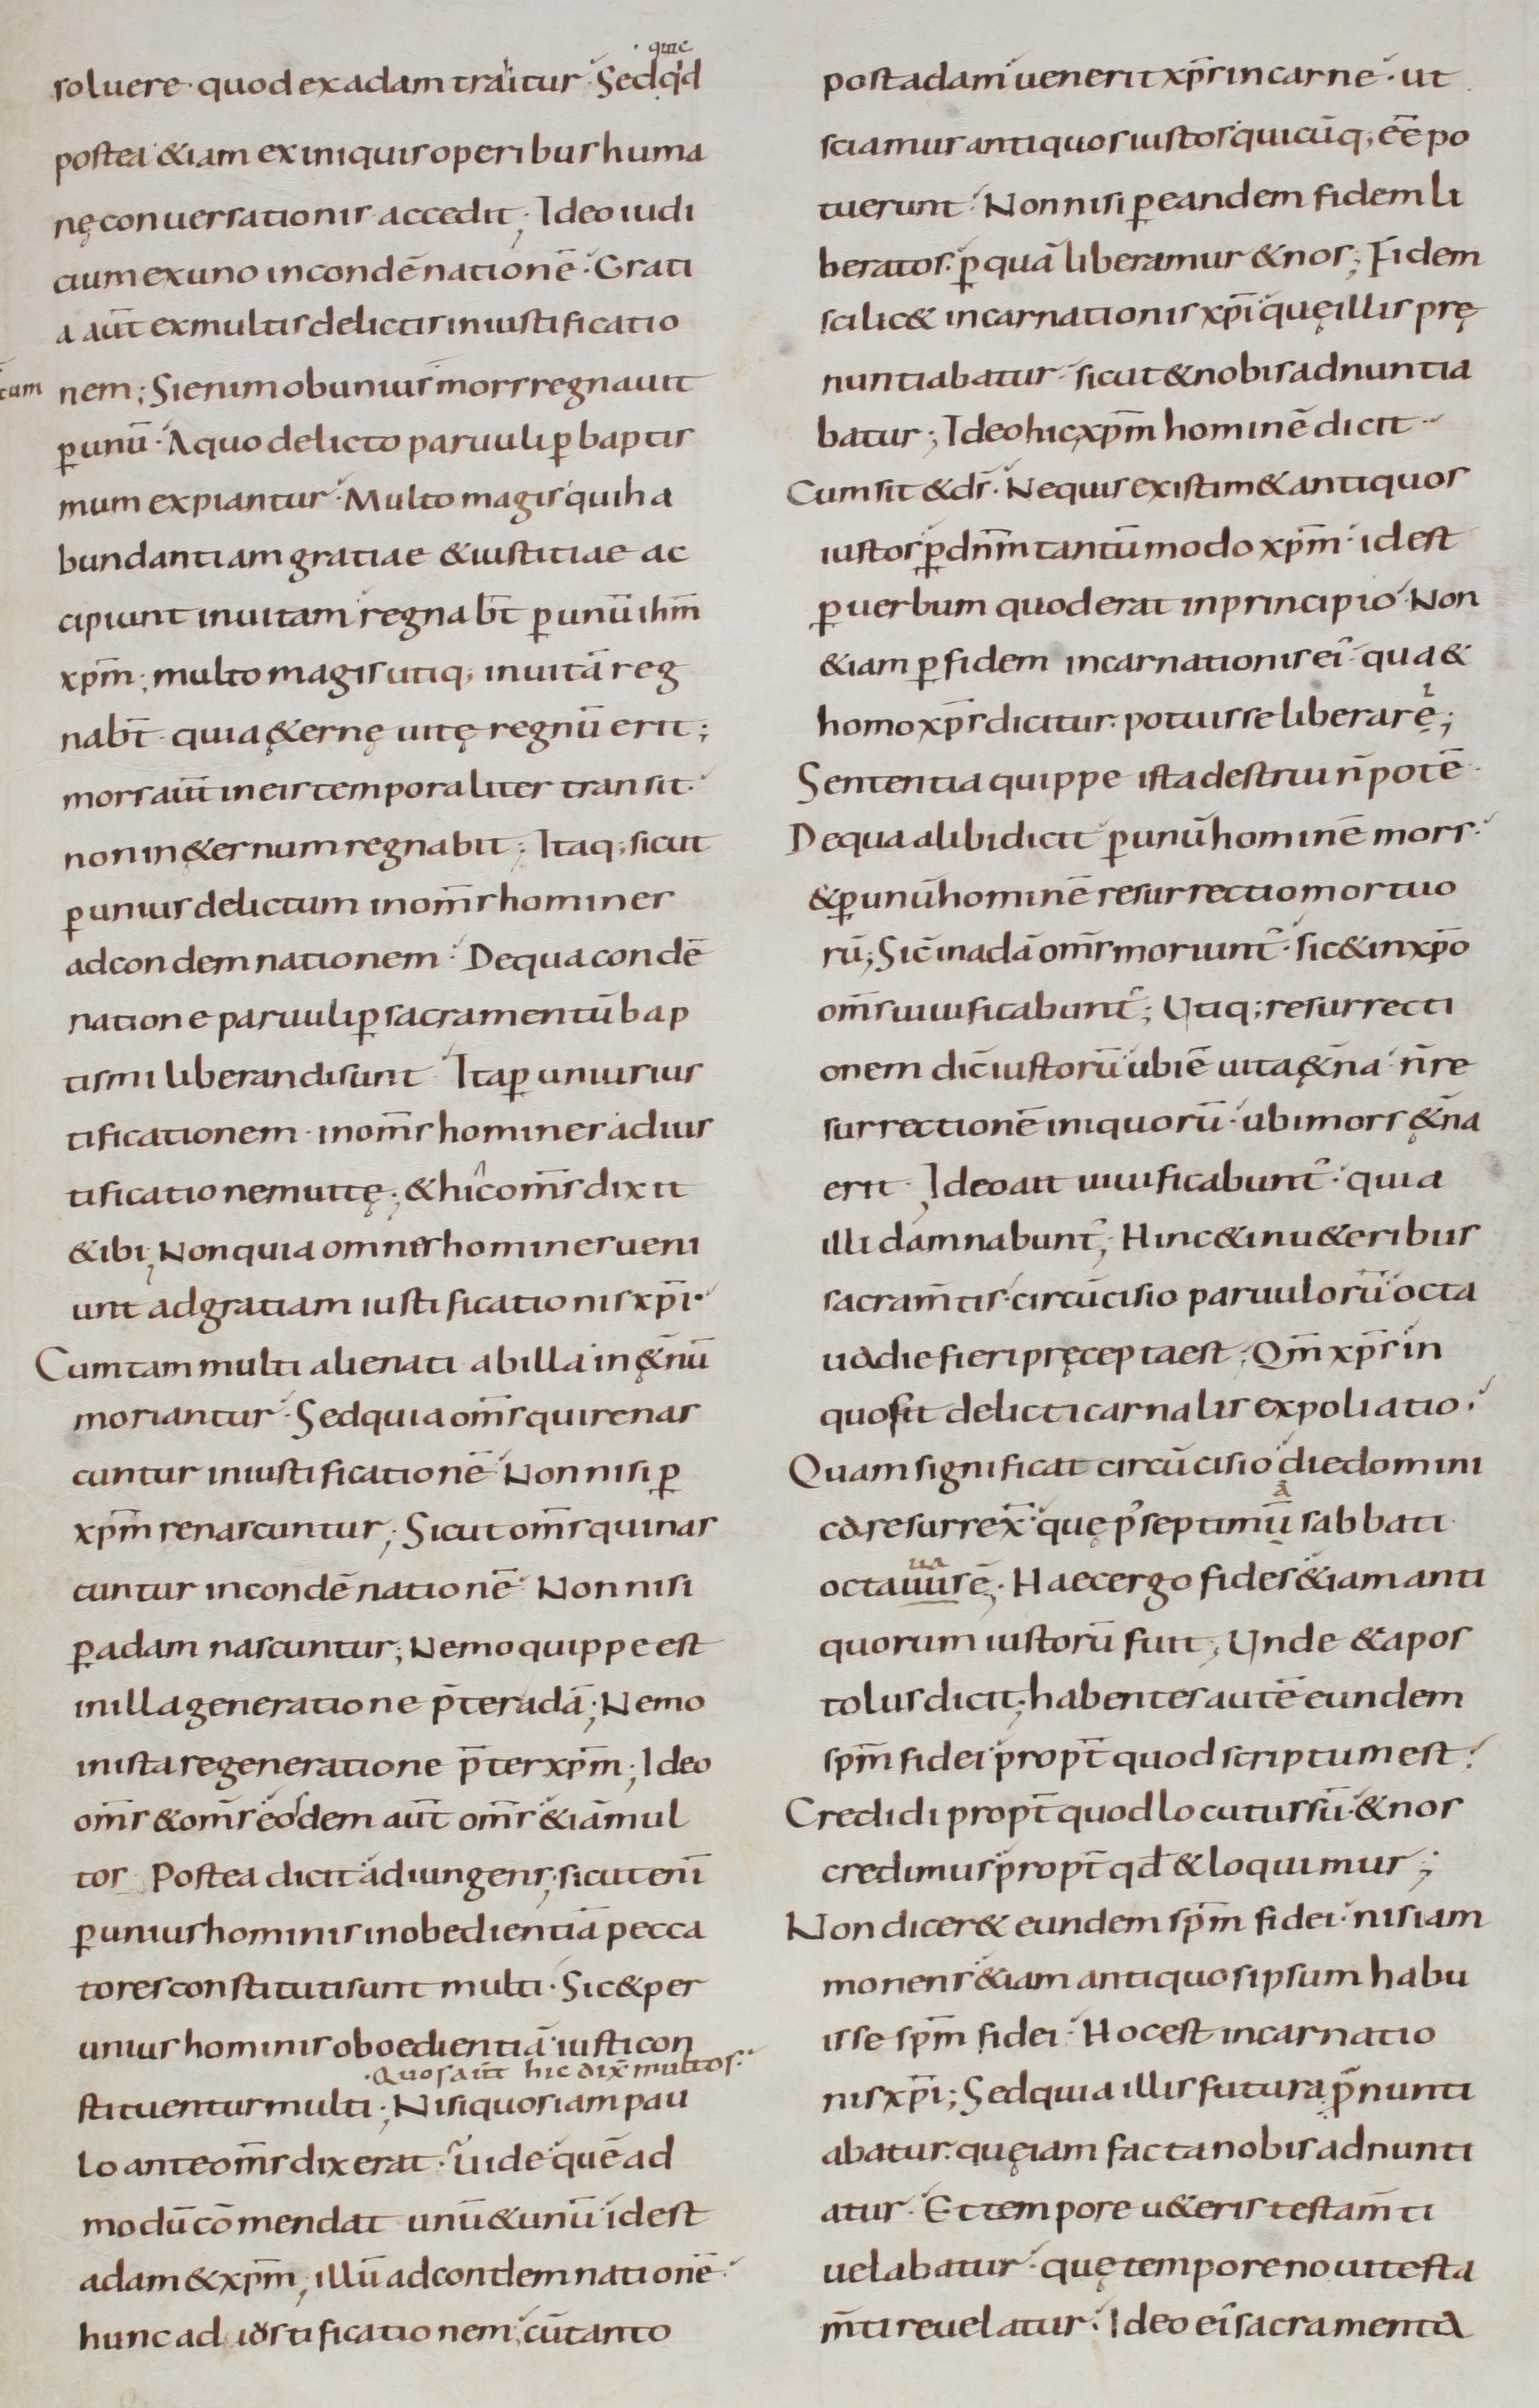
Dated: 800–899